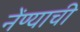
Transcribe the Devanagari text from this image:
नेंण्याची